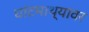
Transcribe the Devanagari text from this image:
घांटमाथ्यावर